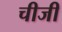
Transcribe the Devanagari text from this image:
चीजी